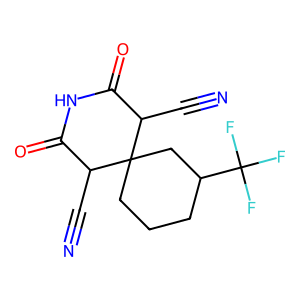
SMILES: N#CC1C(=O)NC(=O)C(C#N)C12CCCC(C(F)(F)F)C2
Inhibits HIV replication: No